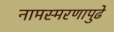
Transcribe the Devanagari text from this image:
नामस्मरणापुढे